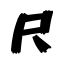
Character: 尺